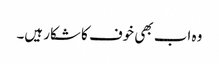
وہ اب بھی خوف کا شکار ہیں۔